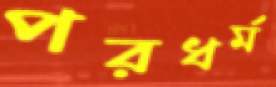
পরধর্ম